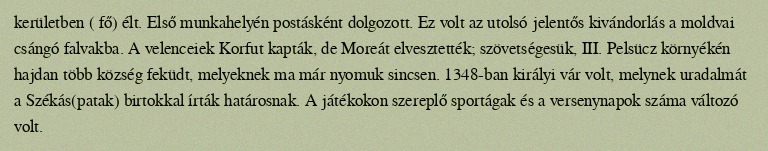
kerületben ( fő) élt. Első munkahelyén postásként dolgozott. Ez volt az utolsó jelentős kivándorlás a moldvai csángó falvakba. A velenceiek Korfut kapták, de Moreát elvesztették; szövetségesük, III. Pelsücz környékén hajdan több község feküdt, melyeknek ma már nyomuk sincsen. 1348-ban királyi vár volt, melynek uradalmát a Székás(patak) birtokkal írták határosnak. A játékokon szereplő sportágak és a versenynapok száma változó volt.